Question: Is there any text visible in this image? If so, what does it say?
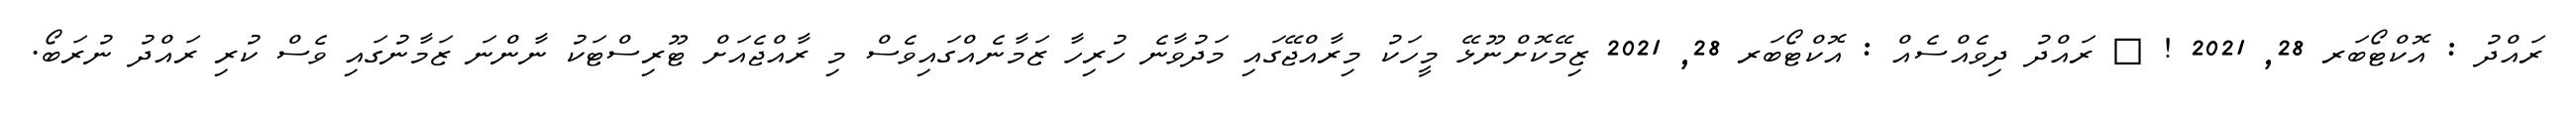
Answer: ރައްދު : އޮކްޓޯބަރ 28, 2021 ! ? ރައްދު ދިވެއްސެއް : އޮކްޓޯބަރ 28, 2021 ޒިމޭކޮށްނޫޅޭ މީހަކު މިރާއްޖޭގައި މަދުވާނެ ހުރިހާ ޒަމާނެއްގައިވެސް މި ރާއްޖެއަށް ޓޫރިސްޓަކު ނާންނަ ޒަމާނުގައި ވެސް ކުރި ރައްދު ނުރަބޯ.